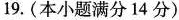
19.(本小题满分14分)